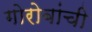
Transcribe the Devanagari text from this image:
गोरोबांची